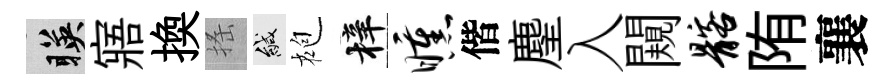
暎寤換搖緘袍梓曛偕麈入闚髂陏襄